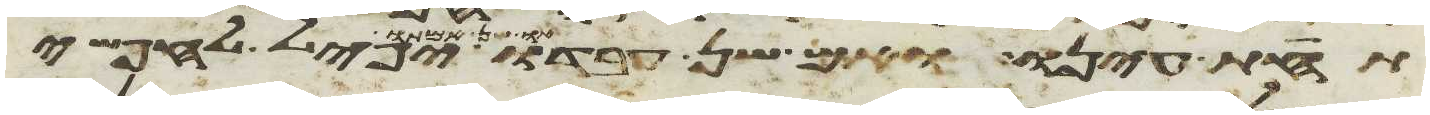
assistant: תחת עינו ואם שן עבדו